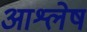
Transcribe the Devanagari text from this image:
आश्लेष